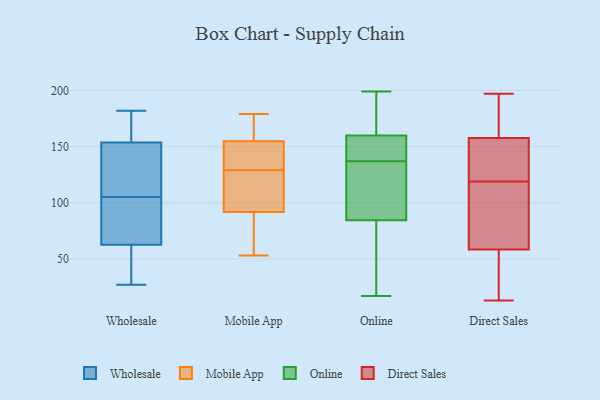
{"axis": {"x": "Shipments", "y": "Value"}, "legend": ["Direct Sales", "Mobile App", "Online", "Wholesale"], "data": [{"x": "", "y": 155, "type": "Wholesale"}, {"x": "", "y": 160, "type": "Wholesale"}, {"x": "", "y": 149, "type": "Wholesale"}, {"x": "", "y": 150, "type": "Wholesale"}, {"x": "", "y": 27, "type": "Wholesale"}, {"x": "", "y": 105, "type": "Wholesale"}, {"x": "", "y": 67, "type": "Wholesale"}, {"x": "", "y": 55, "type": "Wholesale"}, {"x": "", "y": 61, "type": "Wholesale"}, {"x": "", "y": 182, "type": "Wholesale"}, {"x": "", "y": 76, "type": "Wholesale"}, {"x": "", "y": 176, "type": "Mobile App"}, {"x": "", "y": 94, "type": "Mobile App"}, {"x": "", "y": 129, "type": "Mobile App"}, {"x": "", "y": 85, "type": "Mobile App"}, {"x": "", "y": 179, "type": "Mobile App"}, {"x": "", "y": 103, "type": "Mobile App"}, {"x": "", "y": 152, "type": "Mobile App"}, {"x": "", "y": 136, "type": "Mobile App"}, {"x": "", "y": 163, "type": "Mobile App"}, {"x": "", "y": 152, "type": "Mobile App"}, {"x": "", "y": 77, "type": "Mobile App"}, {"x": "", "y": 110, "type": "Mobile App"}, {"x": "", "y": 53, "type": "Mobile App"}, {"x": "", "y": 83, "type": "Online"}, {"x": "", "y": 28, "type": "Online"}, {"x": "", "y": 129, "type": "Online"}, {"x": "", "y": 111, "type": "Online"}, {"x": "", "y": 181, "type": "Online"}, {"x": "", "y": 109, "type": "Online"}, {"x": "", "y": 153, "type": "Online"}, {"x": "", "y": 86, "type": "Online"}, {"x": "", "y": 149, "type": "Online"}, {"x": "", "y": 199, "type": "Online"}, {"x": "", "y": 167, "type": "Online"}, {"x": "", "y": 34, "type": "Online"}, {"x": "", "y": 135, "type": "Online"}, {"x": "", "y": 139, "type": "Online"}, {"x": "", "y": 79, "type": "Online"}, {"x": "", "y": 147, "type": "Online"}, {"x": "", "y": 17, "type": "Online"}, {"x": "", "y": 188, "type": "Online"}, {"x": "", "y": 145, "type": "Online"}, {"x": "", "y": 167, "type": "Online"}, {"x": "", "y": 13, "type": "Direct Sales"}, {"x": "", "y": 157, "type": "Direct Sales"}, {"x": "", "y": 36, "type": "Direct Sales"}, {"x": "", "y": 197, "type": "Direct Sales"}, {"x": "", "y": 51, "type": "Direct Sales"}, {"x": "", "y": 158, "type": "Direct Sales"}, {"x": "", "y": 119, "type": "Direct Sales"}, {"x": "", "y": 80, "type": "Direct Sales"}, {"x": "", "y": 186, "type": "Direct Sales"}, {"x": "", "y": 117, "type": "Direct Sales"}, {"x": "", "y": 13, "type": "Direct Sales"}, {"x": "", "y": 100, "type": "Direct Sales"}, {"x": "", "y": 133, "type": "Direct Sales"}, {"x": "", "y": 187, "type": "Direct Sales"}, {"x": "", "y": 138, "type": "Direct Sales"}]}